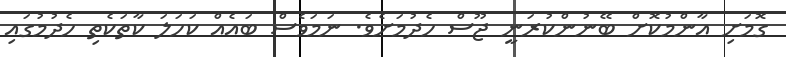
ގޮމަށި އާންމުކޮށް ބޭނުންކުރަނީ ޖޫސް ހެދުމަށެވެ. ނަމަވެސް ބައެއް ކަހަލަ ކާތަކެތި ހެދުމުގައި